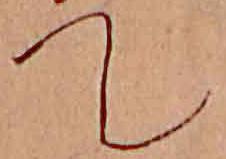
て